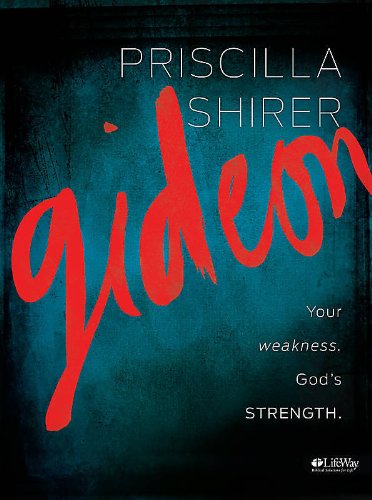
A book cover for Gideon: Your weakness. God's strength. (Member Book); Priscilla Shirer; Christian Books & Bibles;